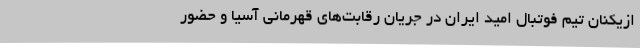
ازیکنان تیم فوتبال امید ایران در جریان رقابت‌های قهرمانی آسیا و حضور